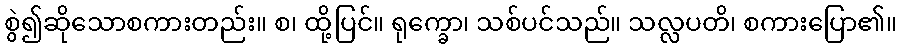
စွဲ၍ဆိုသောစကားတည်း။ စ၊ ထို့ပြင်။ ရုက္ခော၊ သစ်ပင်သည်။ သလ္လပတိ၊ စကားပြော၏။